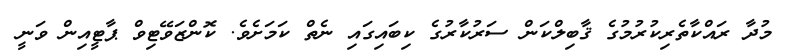
މުދާ ރައްކާތެރިކުރުމުގެ ޤާބިލްކަން ސަރުކާރުގެ ކިބައިގައި ނެތް ކަމަށެވެ. ކޮންޒަވޭޓިވް ޕާޓީއިން ވަނީ